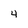
Character: 4